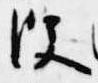
便